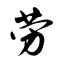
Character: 劳